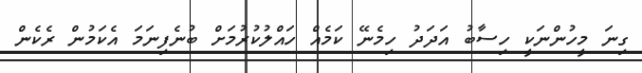
ގިނަ މީހުންނަކީ ހިސާބު އަދަދު ހިމެނޭ ކަމެއް ހައްލުކުރުމަށް ބުނެފިނަމަ އެކަމުން ރެކެން